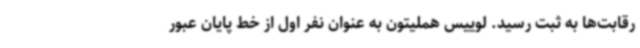
رقابت‌ها به ثبت رسید. لوییس هملیتون به عنوان نفر اول از خط پایان عبور